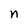
Character: n